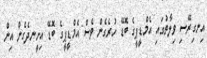
އިނގިރޭސި ވިލާތުގައި އެމްޑީޕީގެ ބޮޑޭ ހުރެގެން ވެސް އެމްޑީޕީގެ ބޮޑޭ އިށީނދެގެން އިން